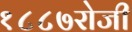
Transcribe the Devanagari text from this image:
१८८७रोजी